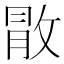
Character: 𢽵